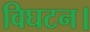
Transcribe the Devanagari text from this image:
विघटन।